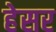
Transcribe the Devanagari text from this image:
हेसर